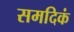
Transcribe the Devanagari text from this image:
समदिकं